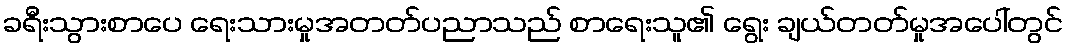
ခရီးသွားစာပေ ရေးသားမှုအတတ်ပညာသည် စာရေးသူ၏ ရွေး ချယ်တတ်မှုအပေါ်တွင်